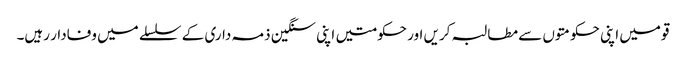
قومیں اپنی حکومتوں سے مطالبہ کریں اور حکومتیں اپنی سنگین ذمہ داری کے سلسلے میں وفادار رہیں۔